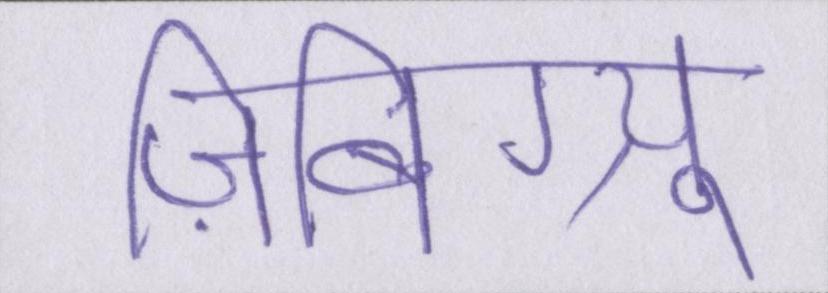
ज़िबिग्न्यू